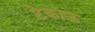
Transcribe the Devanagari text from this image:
टेकाऊ